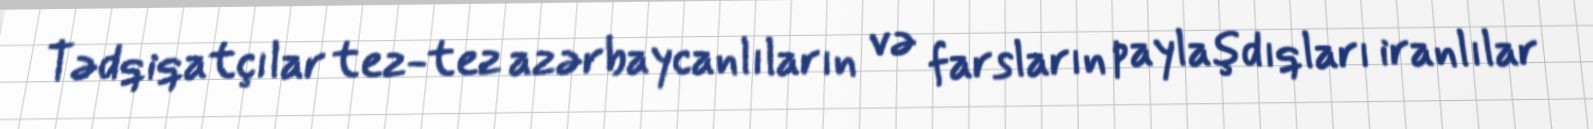
Tədqiqatçılar tez-tez azərbaycanlıların və farsların paylaşdıqları iranlılar